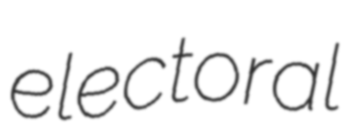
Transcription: electoral